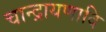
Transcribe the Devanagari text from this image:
चान्द्रायणादि